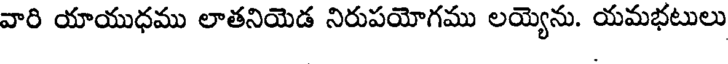
వారి యాయుధము లాతనియెడ నిరుపయోగము లయ్యెను. యమభటులు